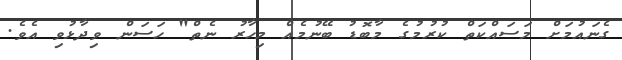
ގެނައުމަށް މަސައްކަތް ކުރުމުގެ މާބޮޑު ބޭނުމެއް މިހާރު ނެތް" ހަސަން ވިދާޅުވި އެވެ.